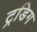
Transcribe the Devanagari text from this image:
ट्रडिग